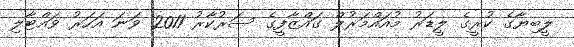
ލީބިޔާގެ ކުރީގެ ލީޑަރު މުއައްމަރުލް ގައްޒާފީގެ ސަރުކާރު 2011 ވަނަ އަހަރު ވައްޓާލި